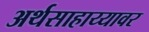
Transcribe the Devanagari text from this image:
अर्थसाहाय्यावर